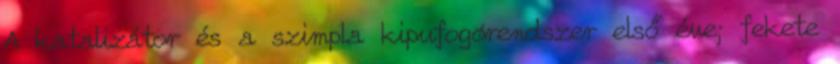
A katalizátor és a szimpla kipufogórendszer első éve; fekete